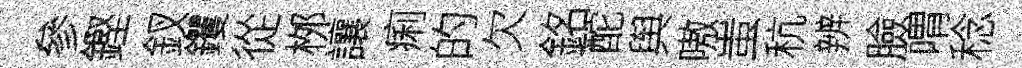
參鏗釵钁從桞讓痢的欠銘酡舆嗷蚩秔辨臉喟稔